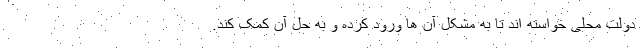
دولت محلی خواسته اند تا به مشکل آن ها ورود کرده و به حل آن کمک کند.